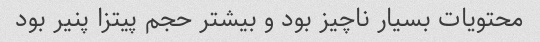
محتویات بسیار ناچیز بود و بیشتر حجم پیتزا پنیر بود